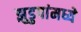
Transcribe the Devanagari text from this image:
झुडुपांमध्ये